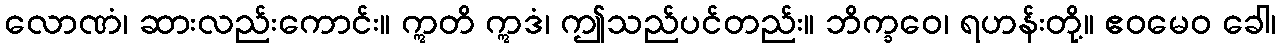
လောဏံ၊ ဆားလည်းကောင်း။ ဣတိ ဣဒံ၊ ဤသည်ပင်တည်း။ ဘိက္ခဝေ၊ ရဟန်းတို့။ ဧဝမေဝ ခေါ၊